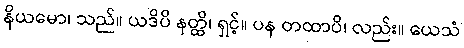
နိယမော၊ သည်။ ယဒိပိ နတ္ထိ၊ ရှင့်။ ပန တထာပိ၊ လည်း။ ယေသံ